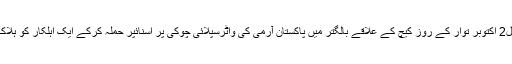
تفصیل2 اکتوبر توار کے روز کیچ کے علاقے بالگتر میں پاکستان آرمی کی واٹرسپلائی چوکی پر اسنائپر حملہ کرکے ایک اہلکار کو ہلاک کیا۔